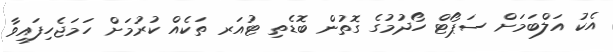
އެކު އަލްބަމަށް ސަޕޯޓް ހޯދުމުގެ ގޮތުން ބޮޑެތި ޓުއަރ ތަކެއް ކުރުމަށް ހަމަޖެހިފައިވާ